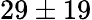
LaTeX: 29\pm 19